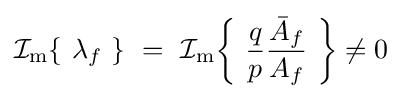
\operatorname {{\mathcal {I}}_{m}} \!\left\{\ \lambda _{f}\ \right\}\ =\ \operatorname {{\mathcal {I}}_{m}} \!\left\{\ {\frac {q}{p}}{\frac {{\bar {A}}_{f}}{A_{f}}}\ \right\}\neq 0